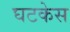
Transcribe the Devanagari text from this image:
घटकेस